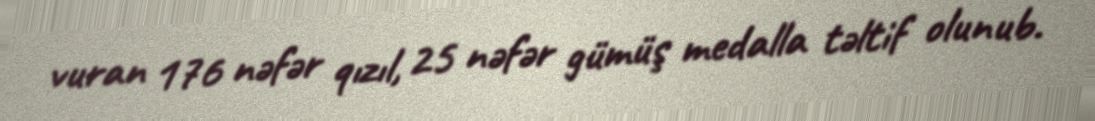
vuran 176 nəfər qızıl, 25 nəfər gümüş medalla təltif olunub.